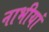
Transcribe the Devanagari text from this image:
नाभीयां